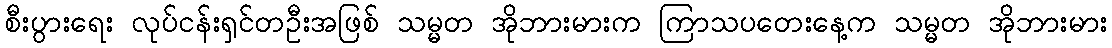
စီးပွားရေး လုပ်ငန်းရှင်တဦးအဖြစ် သမ္မတ အိုဘားမားက ကြာသပတေးနေ့က သမ္မတ အိုဘားမား